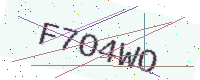
Text: F7O4WO